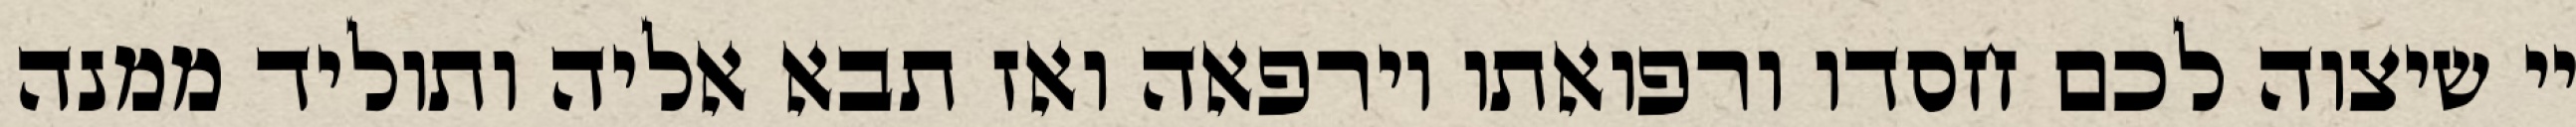
יי שיצוה לכם חסדו ורפואתו וירפאה ואז תבא אליה ותוליד ממנה